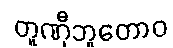
တူဏှီဘူတောဝ